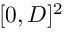
[ 0 , D ] ^ { 2 }